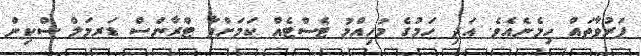
ފަރުވާތައް ހިމެނެއެވެ. އަދި ހަމުގެ މުހިއްމު ޓެސްޓެއް ކަމަށްވާ ޓްރާންސް ޑަރމަލް ސްކިން